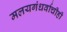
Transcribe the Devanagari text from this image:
मलयगंधर्वाचीही